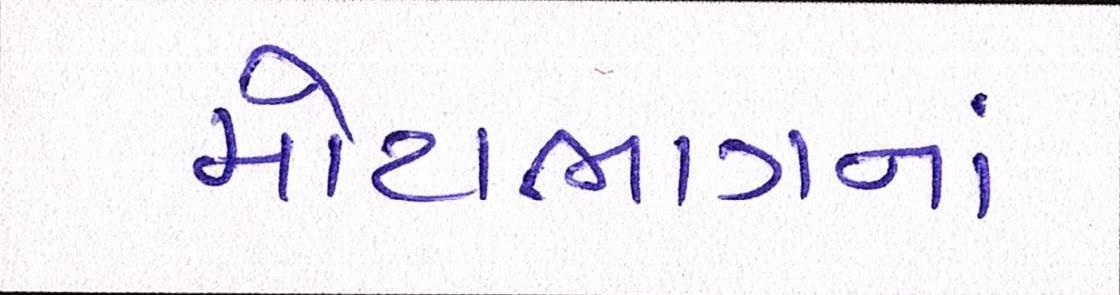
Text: મોટાભાગનાં